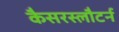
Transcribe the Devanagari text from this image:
कैसरस्लौटर्न